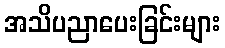
အသိပညာပေးခြင်းများ